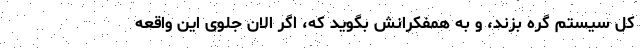
کل سیستم گره بزند، و به همفکرانش بگوید که، اگر الان جلوی این واقعه